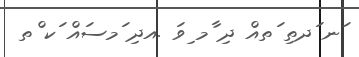
ަނ ަދތި ަތއް ދި ާމ ިވަ .އދި ަމސައް ަކ ްތ